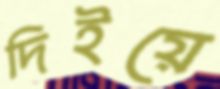
দিইয়ে